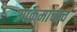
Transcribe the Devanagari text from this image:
उपक्रमाचाच